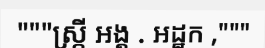
"""ស្ត្រី អង្គ . អដ្ឋក ,"""